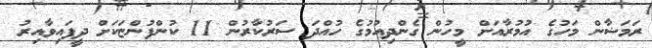
ރަމަޟާން މަހުގެ އުމުރާއަށް މީހުން ގެންދިއުމުގެ ހުއްދަ ސަރުކާރުން 11 ކުންފުންޏަކަށް ދީފައިވާއިރު